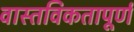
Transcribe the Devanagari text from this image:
वास्तविकतापूर्ण